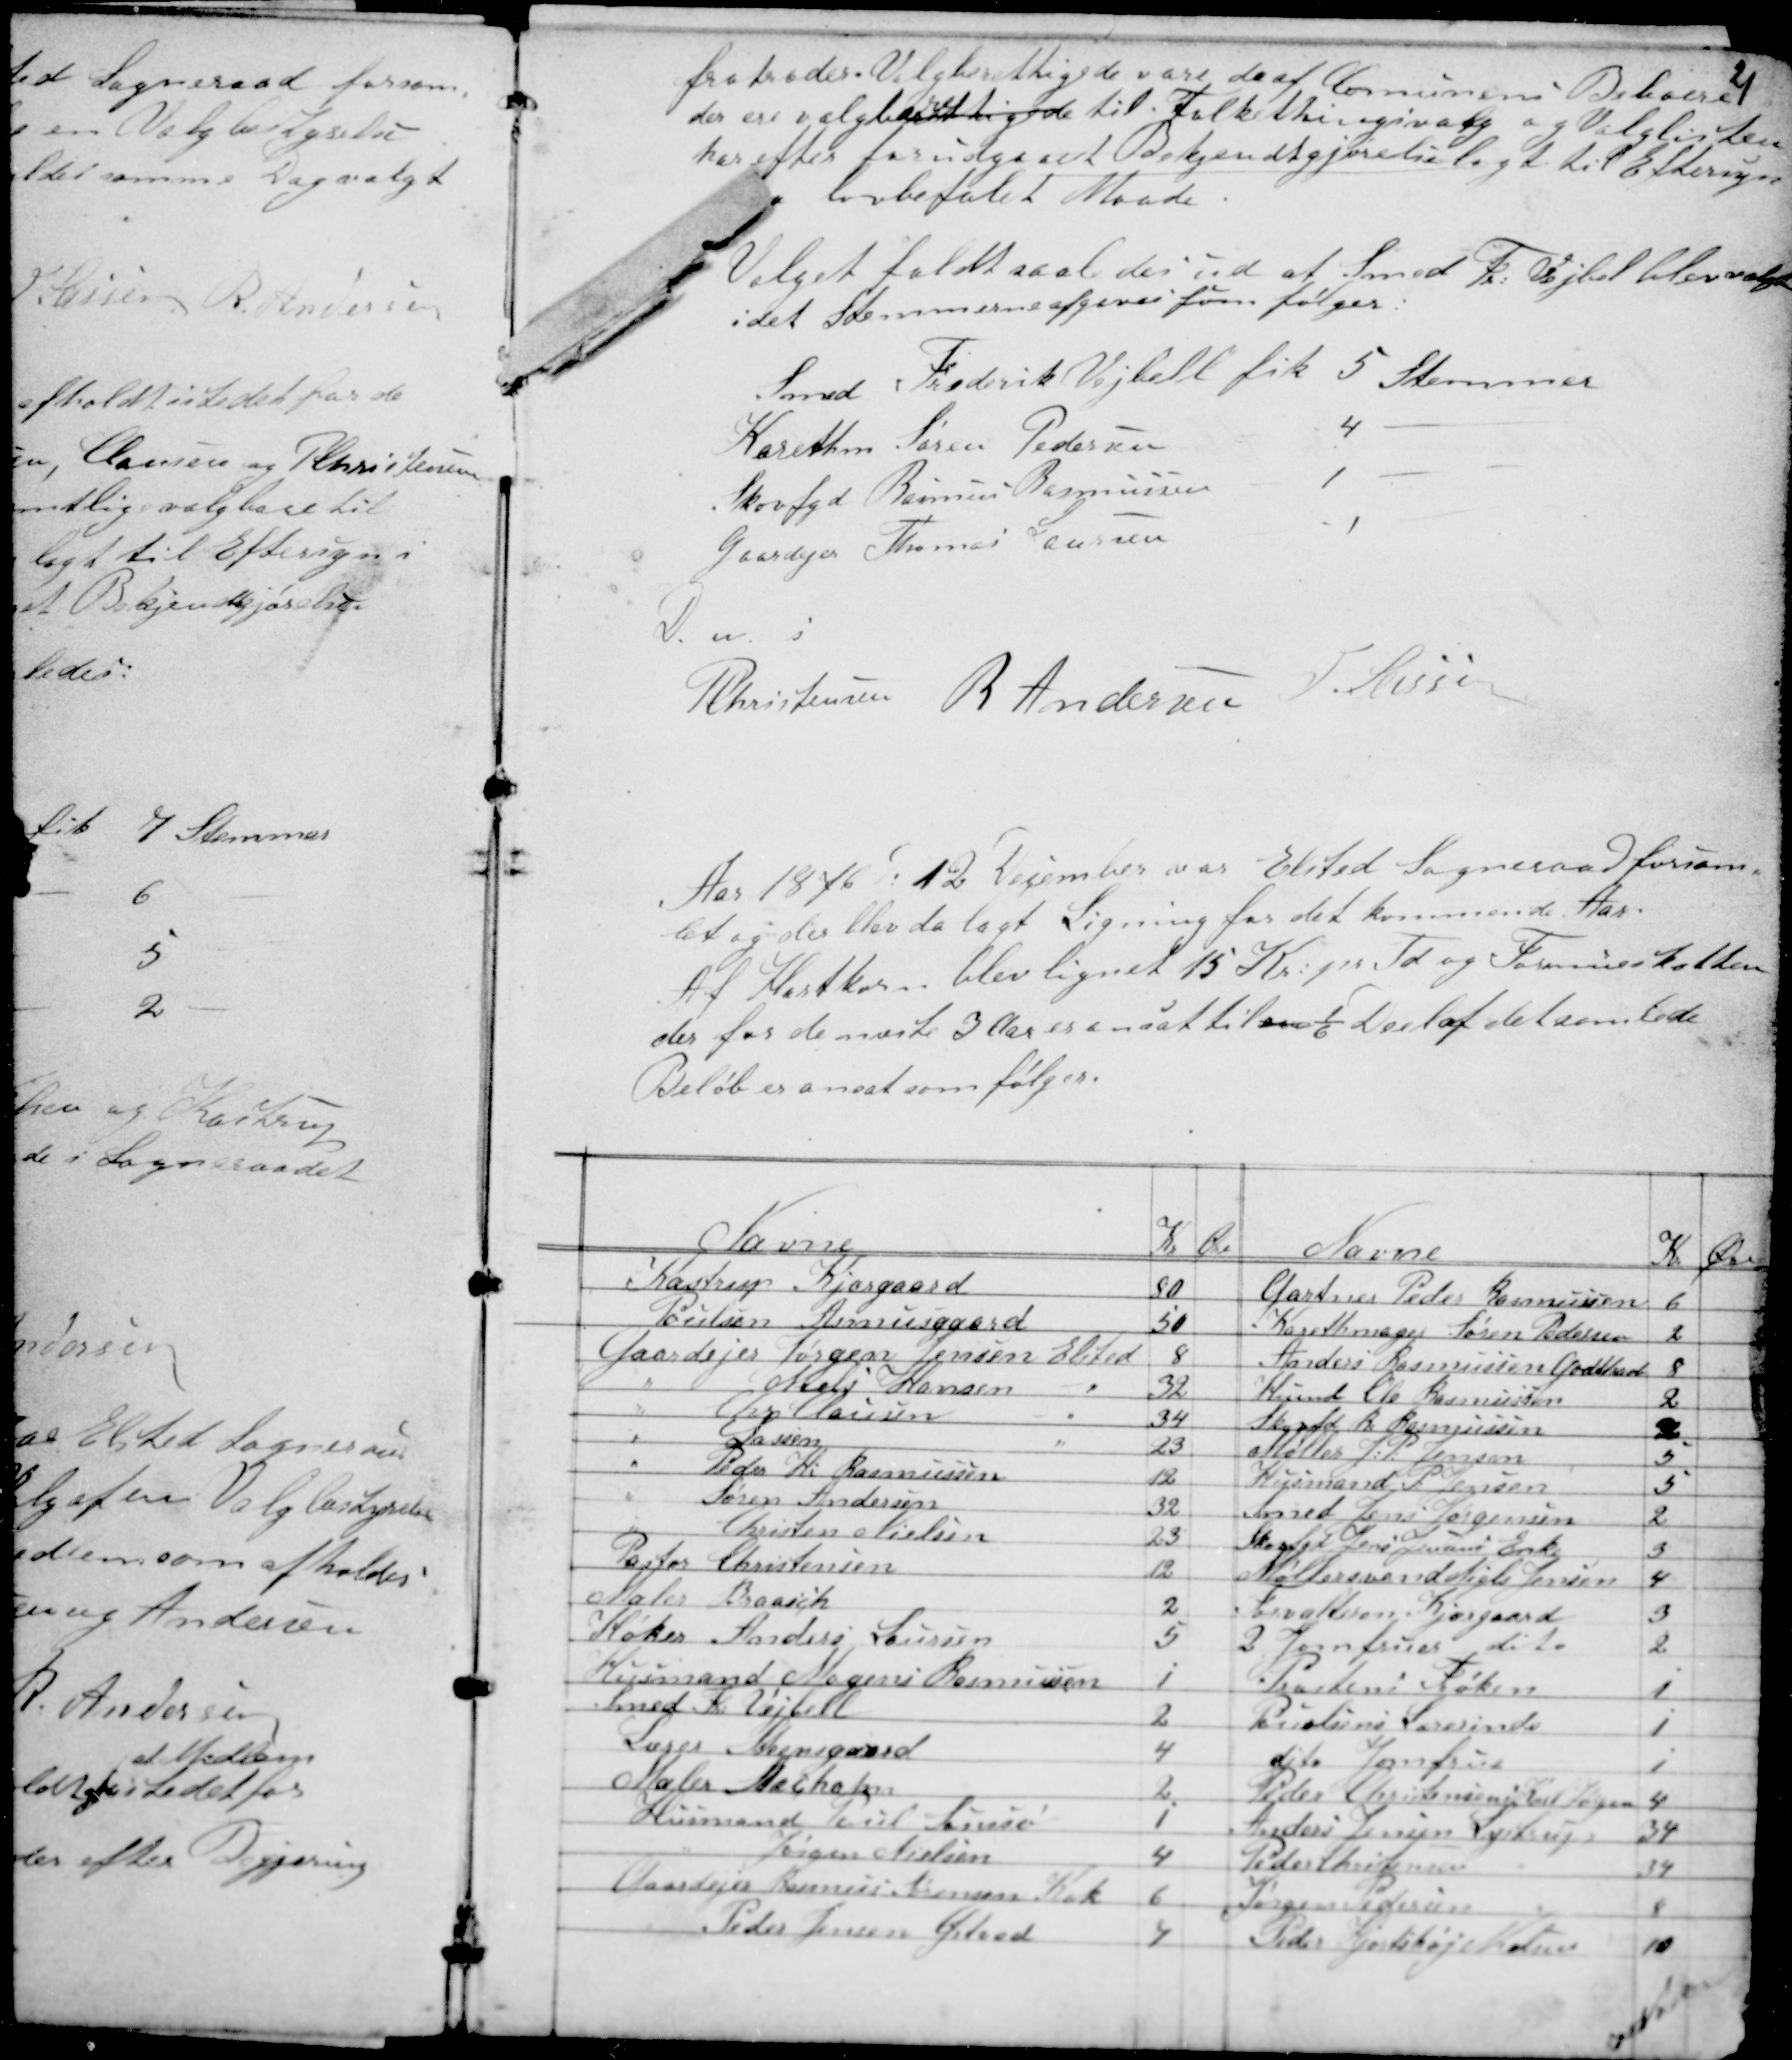
Transskription:
21
fratræder. Valgberettigede vare de af Communens Beboere
der ere valgberettigede til Folkethingsvalg og Valglisten
har efter forudgaaet Bekjendtgjørelse lagt til Eftersyn
- lovbefalet Maade.
Valget faldt saaledes ud at Smed Fr: Vejbel blev valgt
idet Stemmerne afgaves som følger:
Smed Frederik Vejbell fik 5 Stemmer
Karethm Søren Pedersen - 4 -
Skovfgd Rasmus Rasmussen - 1 -
Gaardejer Thomas Laursen - 1 -
D. u. s
PChristensen R Andersen H. Lassen

Aar 1876 D: 12 December var Elsted Sogneraad forsam-
let og der blev da lagt Ligning for det kommende Aar.
Af Hartkorn blev lignet 15 Kr: pr Td og Formueskatten
der for de næste 3 Aar er ansat til en 1/6 Deel af det samlede
Beløb er ansat som følger:

.........